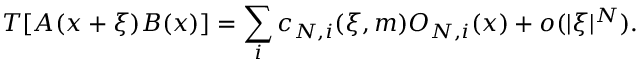
T [ A ( x + \xi ) B ( x ) ] = \sum _ { i } c _ { N , i } ( \xi , m ) O _ { N , i } ( x ) + o ( \vert \xi \vert ^ { N } ) .